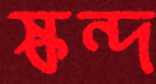
স্কন্দ